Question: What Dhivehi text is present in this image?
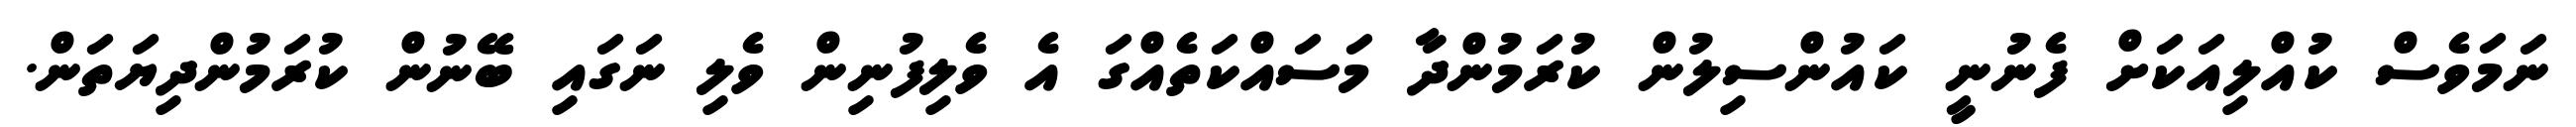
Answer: ނަމަވެސް ކުއްލިއަކަށް ފެނުނީ ކައުންސިލުން ކުރަމުންދާ މަސައްކަތެއްގަ އެ ވެލިފުނިން ވެލި ނަގައި ބޭނުން ކުރަމުންދިޔަތަން.